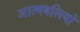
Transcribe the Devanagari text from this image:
आत्मबलियों